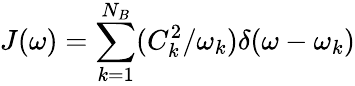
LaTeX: J(\omega)=\sum_{k=1}^{N_{B}}(C_{k}^{2}/\omega_{k})\delta(\omega-\omega_{k})